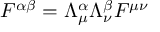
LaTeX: F ^ { \alpha \beta } = \Lambda _ { \mu } ^ { \alpha } \Lambda _ { \nu } ^ { \beta } F ^ { \mu \nu }